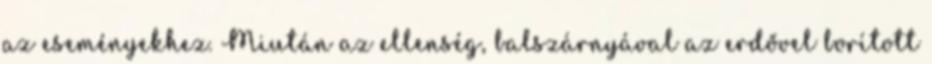
az eseményekhez. Miután az ellenség, balszárnyával az erdővel borított